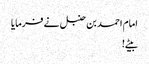
امام احمد بن حنبل نے فرمایا
بیٹے !